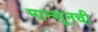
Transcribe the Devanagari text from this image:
मान्सूनची